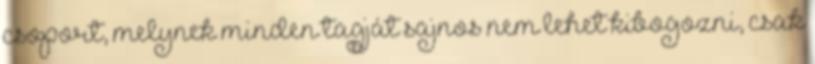
csoport, melynek minden tagját sajnos nem lehet kibogozni, csak